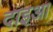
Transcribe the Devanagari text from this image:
दाइआ